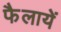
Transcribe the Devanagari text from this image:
फैलायें